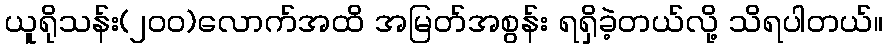
ယူရိုသန်း(၂၀၀)လောက်အထိ အမြတ်အစွန်း ရရှိခဲ့တယ်လို့ သိရပါတယ်။